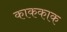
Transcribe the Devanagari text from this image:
काककाक